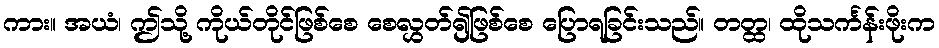
ကား။ အယံ၊ ဤသို့ ကိုယ်တိုင်ဖြစ်စေ စေလွှတ်၍ဖြစ်စေ ပြောရခြင်းသည်။ တတ္ထ၊ ထိုသင်္ကန်းဖိုးက